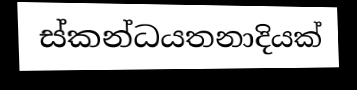
ස්කන්ධයතනාදියක්